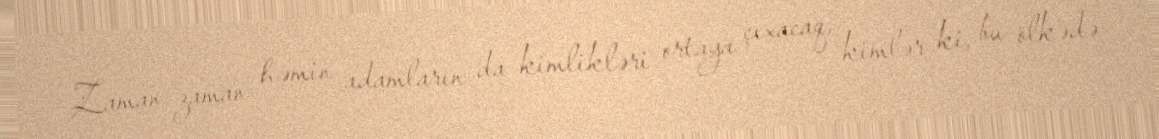
Zaman-zaman həmin adamların da kimlikləri ortaya çıxacaq, kimlər ki, bu ölkədə